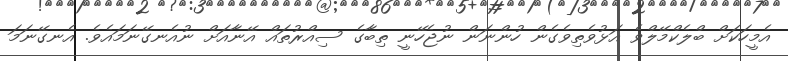
އެމީހަކަށް ބްލެކްމޭލްވެ އަޅުވެތިވެގެން ހުންނަން ނުޖެހޭނީ ތިބާގެ ސިއްރުތައް އޭނާއަށް ނުއެނގޭނަމައެވެ. އެނގޭނަމަ